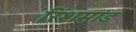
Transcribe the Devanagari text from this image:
रिशमांड